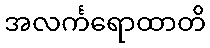
အလင်္ကရောထာတိ